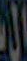
الى